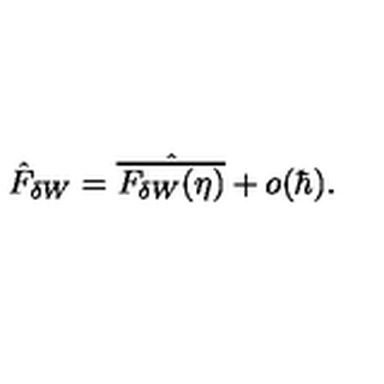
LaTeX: \hat { F } _ { \delta W } = \hat { \overline { { F _ { \delta W } ( \eta ) } } } + o ( \hbar ) .